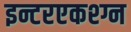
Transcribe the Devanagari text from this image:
इन्टरएकश्ग्न